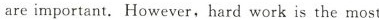
are important. However,hard work is the most